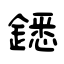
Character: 鏭